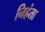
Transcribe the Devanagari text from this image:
निहंता